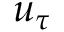
u _ { \tau }